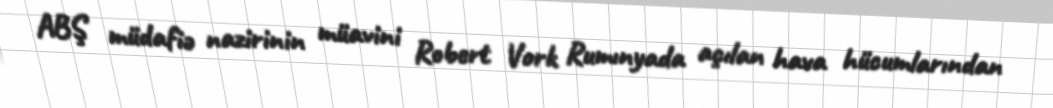
ABŞ müdafiə nazirinin müavini Robert Vork Rumınyada açılan hava hücumlarından